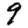
Digit: 9